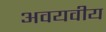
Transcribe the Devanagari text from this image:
अवयवीय